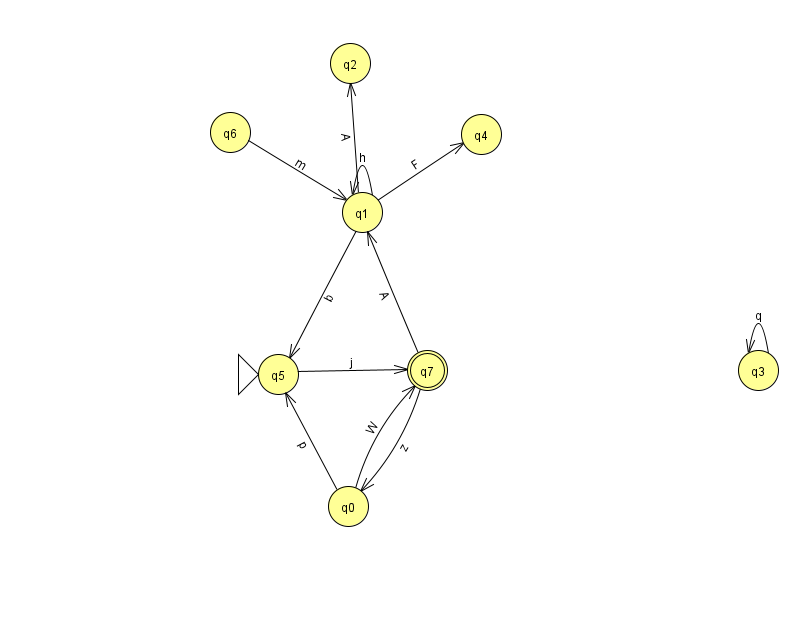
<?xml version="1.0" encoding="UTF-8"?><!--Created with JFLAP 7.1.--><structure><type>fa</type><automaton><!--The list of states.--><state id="0" name="q0"><x>348.0</x><y>493.0</y></state><state id="1" name="q1"><x>362.0</x><y>199.0</y></state><state id="2" name="q2"><x>350.0</x><y>50.0</y></state><state id="3" name="q3"><x>758.0</x><y>357.0</y></state><state id="4" name="q4"><x>481.0</x><y>121.0</y></state><state id="5" name="q5"><x>278.0</x><y>361.0</y><initial/></state><state id="6" name="q6"><x>230.0</x><y>119.0</y></state><state id="7" name="q7"><x>427.0</x><y>357.0</y><final/></state><!--The list of transitions.--><transition><from>0</from><to>5</to><read>p</read></transition><transition><from>1</from><to>2</to><read>A</read></transition><transition><from>3</from><to>3</to><read>q</read></transition><transition><from>6</from><to>1</to><read>m</read></transition><transition><from>1</from><to>5</to><read>b</read></transition><transition><from>7</from><to>0</to><read>z</read></transition><transition><from>5</from><to>7</to><read>j</read></transition><transition><from>1</from><to>4</to><read>F</read></transition><transition><from>1</from><to>1</to><read>h</read></transition><transition><from>7</from><to>1</to><read>A</read></transition><transition><from>0</from><to>7</to><read>W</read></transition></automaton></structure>